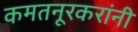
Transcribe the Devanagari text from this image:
कमतनूरकरांनी